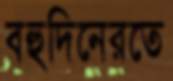
বহুদিনেরতে